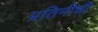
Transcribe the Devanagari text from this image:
प्रतिनीधी